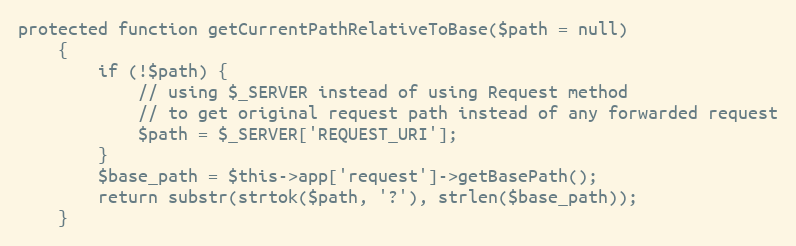
Language: PHP
protected function getCurrentPathRelativeToBase($path = null)
    {
        if (!$path) {
            // using $_SERVER instead of using Request method
            // to get original request path instead of any forwarded request
            $path = $_SERVER['REQUEST_URI'];
        }
        $base_path = $this->app['request']->getBasePath();
        return substr(strtok($path, '?'), strlen($base_path));
    }